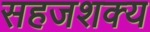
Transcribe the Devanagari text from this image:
सहजशक्‍य